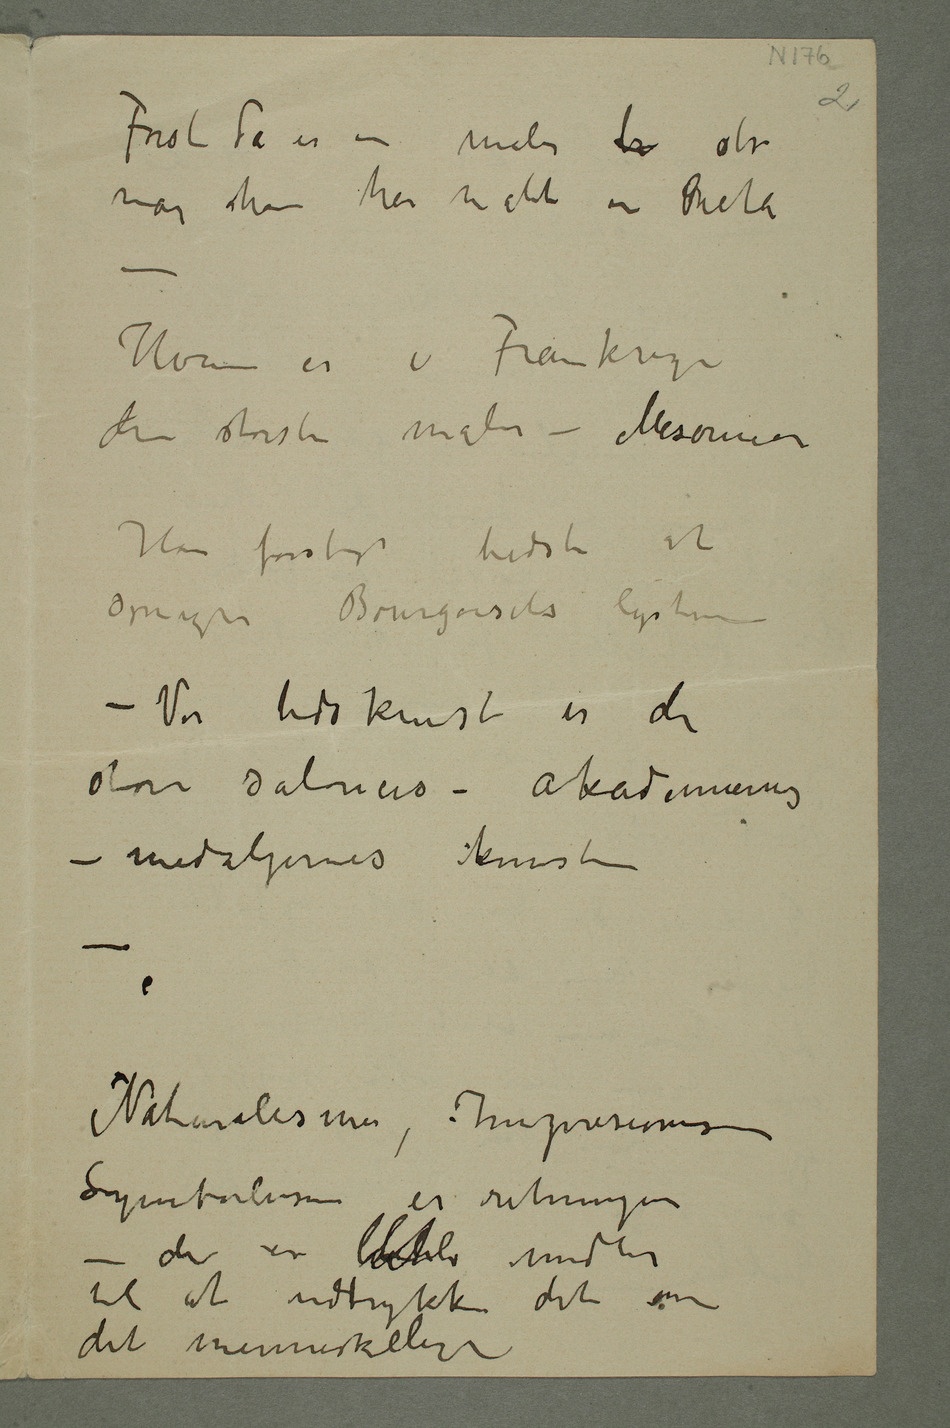
Først da er en maler br stor
når han har malt en Pieta
– Hvem er i Frankrige
den største maler – Meisonnier
Han forstod bedst at
opregne Bourgeoisiets lyster
– Vor tids kunst er den
store salonens – akademiernes
– medaljernes kunst
– Naturalismen, Impresjonismen,
Symbolismen er retninger
– der er bleven midler
til at udtrykke det ene
– det menneskelige